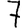
Digit: 7